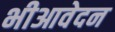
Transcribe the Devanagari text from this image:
भीआवेदन